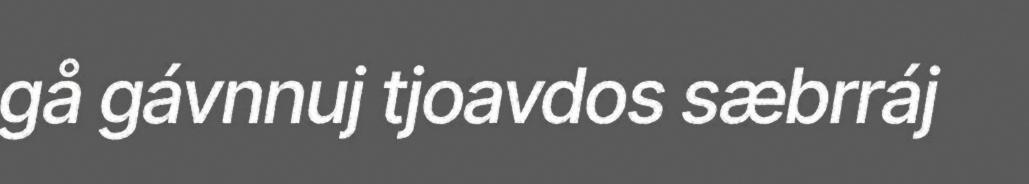
gå gávnnuj tjoavdos sæbrráj